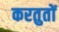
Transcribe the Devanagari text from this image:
करतुतों